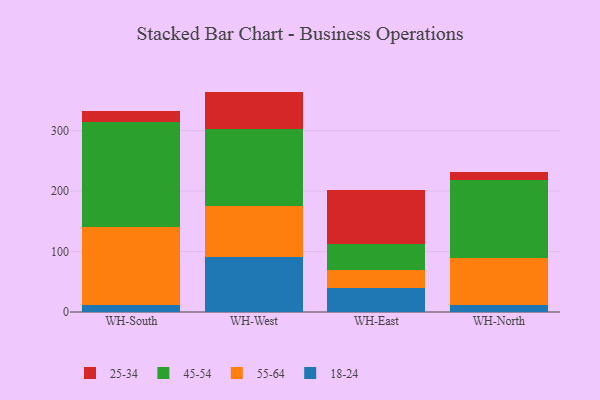
{"axis": {"x": "Warehouse", "y": "Website Visitors"}, "legend": ["18-24", "25-34", "45-54", "55-64"], "data": [{"x": "WH-South", "y": 11.3, "type": "18-24"}, {"x": "WH-South", "y": 129.7, "type": "55-64"}, {"x": "WH-South", "y": 172.8, "type": "45-54"}, {"x": "WH-South", "y": 18.7, "type": "25-34"}, {"x": "WH-West", "y": 91.7, "type": "18-24"}, {"x": "WH-West", "y": 84.3, "type": "55-64"}, {"x": "WH-West", "y": 127.2, "type": "45-54"}, {"x": "WH-West", "y": 61.3, "type": "25-34"}, {"x": "WH-East", "y": 39.7, "type": "18-24"}, {"x": "WH-East", "y": 29.0, "type": "55-64"}, {"x": "WH-East", "y": 44.4, "type": "45-54"}, {"x": "WH-East", "y": 88.9, "type": "25-34"}, {"x": "WH-North", "y": 11.0, "type": "18-24"}, {"x": "WH-North", "y": 78.7, "type": "55-64"}, {"x": "WH-North", "y": 128.0, "type": "45-54"}, {"x": "WH-North", "y": 13.3, "type": "25-34"}]}